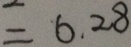
= 6 . 2 8